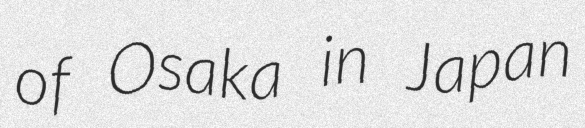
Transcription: of Osaka in Japan